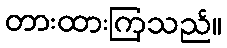
တားထားကြသည်။